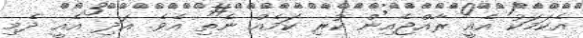
އެކަމަކު އެއީ ރާއްޖެއިން ކުރި ކަމެއް ނެތި އެވެ. އަދި އެއީ ދެމި